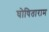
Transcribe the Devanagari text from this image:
घोषिताराम